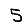
Digit: 5